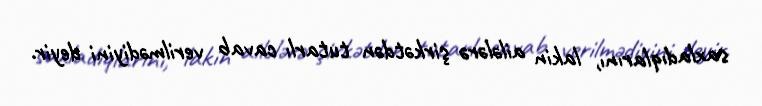
saxladıqlarını, lakin ailələrə şirkətdən tutarlı cavab verilmədiyini deyir.